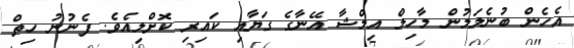
އެހެން ބުނެލަމުން މާހިލް އިމްޝާ އޭނާގެ ގަޔާއި ކައިރި ކޮށްލިއެެވެ. ފެނުނު ހިތް